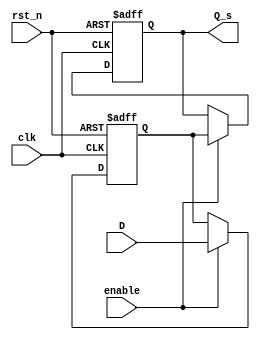
module master_slave_ff_synchronizer(
    input wire clk,           // Clock signal
    input wire rst_n,        // Asynchronous reset (active low)
    input wire enable,       // Enable signal
    input wire D,            // Data input to be synchronized
    output reg Q_s           // Synchronized output
);

    reg Q_m;                 // Output of the master flip-flop

    // Master Flip-Flop: Triggered on the rising edge of clk
    always @(posedge clk or negedge rst_n) begin
        if (!rst_n) begin
            Q_m <= 1'b0;     // Reset the master flip-flop
        end else if (enable) begin
            Q_m <= D;        // Capture the input D on the rising edge
        end
    end

    // Slave Flip-Flop: Triggered on the falling edge of clk
    always @(negedge clk or negedge rst_n) begin
        if (!rst_n) begin
            Q_s <= 1'b0;     // Reset the slave flip-flop
        end else if (enable) begin
            Q_s <= Q_m;      // Capture the output of the master flip-flop
        end
    end

endmodule